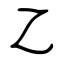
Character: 乙